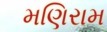
મણિરામ